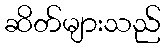
ဆိတ်များသည်